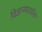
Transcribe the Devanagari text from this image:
विज्ञानकार्याला